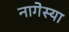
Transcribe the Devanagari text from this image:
नागेस्या